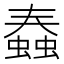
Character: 𧐧